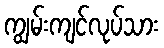
ကျွမ်းကျင်လုပ်သား